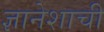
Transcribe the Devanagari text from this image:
ज्ञानेशाची